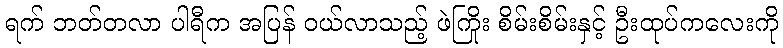
ရက် ဘတ်တလာ ပါရီက အပြန် ဝယ်လာသည့် ဖဲကြိုး စိမ်းစိမ်းနှင့် ဦးထုပ်ကလေးကို